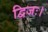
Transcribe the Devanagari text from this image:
द्विजः।